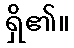
ရှိ၏။